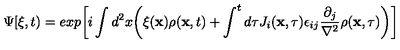
\Psi [ \xi , t ) = e x p \biggl [ i \int d ^ { 2 } x \biggl ( \xi ( { \bf x } ) \rho ( { \bf x } , t ) + \int ^ { t } d \tau J _ { i } ( { \bf x } , \tau ) \epsilon _ { i j } { \frac { \partial _ { j } } { \nabla ^ { 2 } } } \rho ( { \bf x } , \tau ) \biggr ) \biggl ]